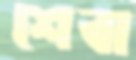
শেবা